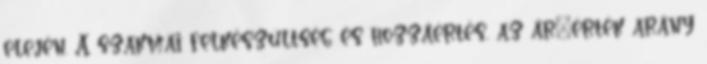
elején. A szakmai felkészültség és hozzáértés, az ár–érték arány